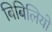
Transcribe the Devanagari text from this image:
बिबिलियो